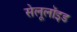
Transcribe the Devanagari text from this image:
सेलूलॉइड